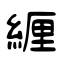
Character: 緾